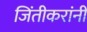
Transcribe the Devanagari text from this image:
जिंतीकरांनी